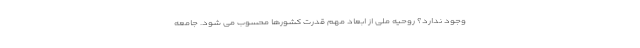
وجود ندارد؟ روحیه ملی از ابعاد مهم قدرت کشورها محسوب می شود. جامعه